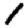
Digit: 1